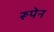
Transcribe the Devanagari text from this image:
रूपेन